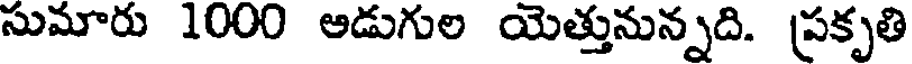
సుమారు 1000 అడుగుల యెత్తునున్నది. (పకృతి